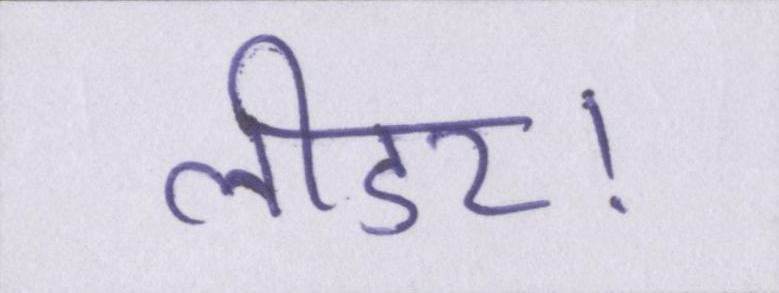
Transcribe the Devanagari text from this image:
लीडर।